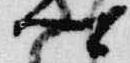
卿